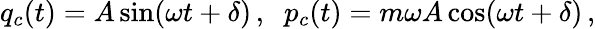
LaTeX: q_{c}(t)=A\sin(\omega t+\delta)\, ,\; \; p_{c}(t)=m\omega A\cos(\omega t+\delta)\, ,